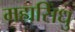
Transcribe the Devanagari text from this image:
महासिंधु